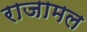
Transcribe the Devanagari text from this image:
राजामल